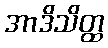
အာဒိသိတ္ထ